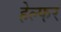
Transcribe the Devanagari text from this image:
हेल्फर